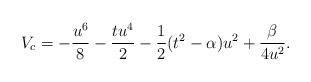
LaTeX: \begin{align*}V_c = -\frac{u^6}{8} - \frac{t u^4}{2} -\frac{1}{2}(t^2-\alpha) u^2 + \frac{\beta}{4 u^2}.\end{align*}